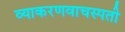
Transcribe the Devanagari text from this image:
व्याकरणवाचस्पती